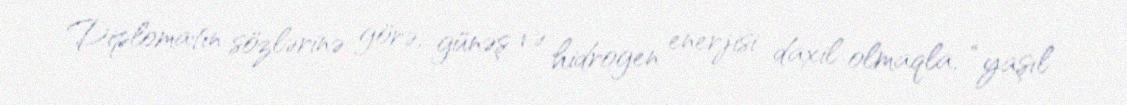
Diplomatın sözlərinə görə, günəş və hidrogen enerjisi daxil olmaqla, “yaşıl